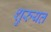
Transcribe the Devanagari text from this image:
शुरुयत